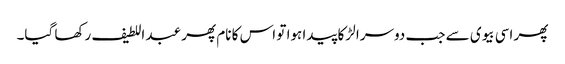
پھر اسی بیوی سے جب دوسرا لڑکا پیدا ہوا تو اس کا نام پھر عبد اللطیف رکھا گیا۔